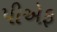
પીએફ